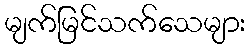
မျက်မြင်သက်သေများ